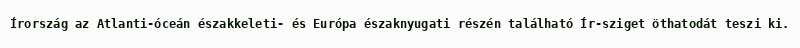
Írország az Atlanti-óceán északkeleti- és Európa északnyugati részén található Ír-sziget öthatodát teszi ki.